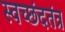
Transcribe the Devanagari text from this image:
स्वच्छंदतंत्र